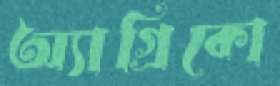
অ্যাগ্রিকো